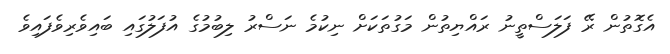
އެގޮތުން ރޭ ފަލަސްތީނު ރައްޔިތުން މަގުތަކަށް ނިކުމެ ނަސްރު ލިބުމުގެ އުފަލުގައި ބައިވެރިވެފައިވެ